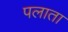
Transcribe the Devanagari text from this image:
पलाता